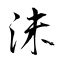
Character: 沬